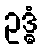
ဥဒ္ဓံ